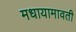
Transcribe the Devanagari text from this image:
मधायामावती